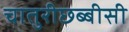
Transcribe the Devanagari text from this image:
चातुरीछब्बीसी